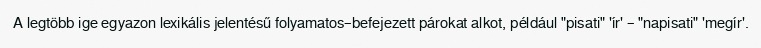
A legtöbb ige egyazon lexikális jelentésű folyamatos–befejezett párokat alkot, például "pisati" 'ír' – "napisati" 'megír'.